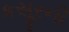
કસૂરની